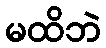
မထိဘဲ